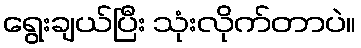
ရွေးချယ်ပြီး သုံးလိုက်တာပဲ။